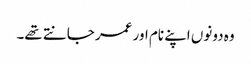
وہ دونوں اپنے نام اور عمر جانتے تھے۔